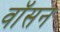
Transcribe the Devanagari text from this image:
वॉसन